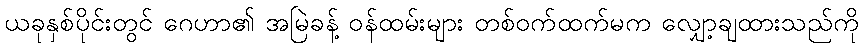
ယခုနှစ်ပိုင်းတွင် ဂေဟာ၏ အမြဲခန့် ဝန်ထမ်းများ တစ်ဝက်ထက်မက လျှော့ချထားသည်ကို